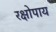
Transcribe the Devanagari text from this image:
रक्षोपाय